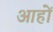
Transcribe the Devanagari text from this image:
आहों